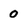
Character: 0